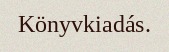
Könyvkiadás.